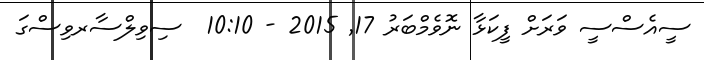
ސީއެސްސީ ވަރަށް ފީކަޅާ ނޮވެމްބަރު 17